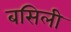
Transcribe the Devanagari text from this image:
बसिली